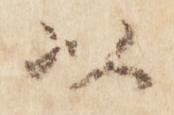
以